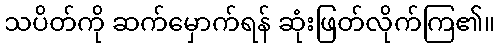
သပိတ်ကို ဆက်မှောက်ရန် ဆုံးဖြတ်လိုက်ကြ၏။